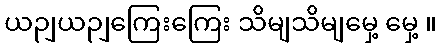
ယဉျယဉျကြေးကြေး သိမျသိမျမှေ့ မှေ့ ။